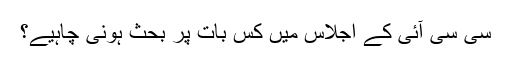
سی سی آئی کے اجلاس میں کس بات پر بحث ہونی چاہیے؟